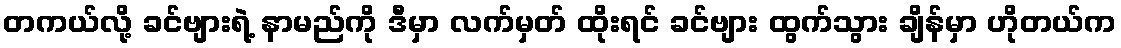
တကယ်လို့ ခင်ဗျားရဲ့ နာမည်ကို ဒီမှာ လက်မှတ် ထိုးရင် ခင်ဗျား ထွက်သွား ချိန်မှာ ဟိုတယ်က